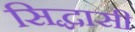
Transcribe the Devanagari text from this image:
सिद्धासी